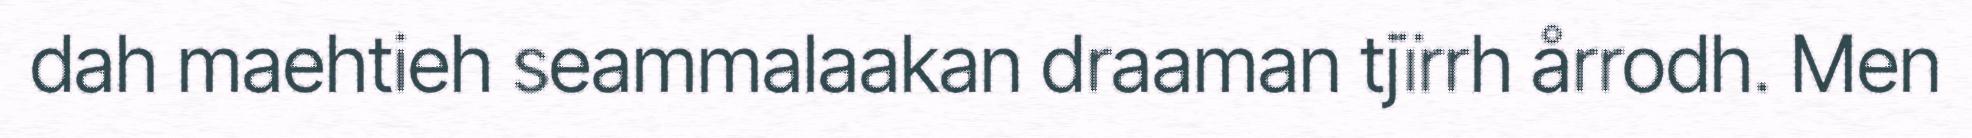
dah maehtieh seammalaakan draaman tjïrrh årrodh. Men